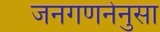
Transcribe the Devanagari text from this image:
जनगणनेनुसा